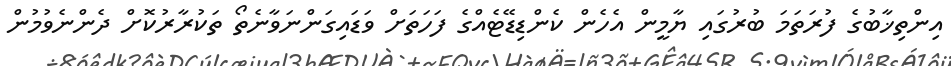
އިންތިޚާބުގެ ފުރަތަމަ ބުރުގައި ޔާމީން އެހެން ކެންޑިޑޭޓެއްގެ ފަހަތަށް ވަޑައިގަންނަވާނެތޯ ތަކުރާރުކޮށް ދެންނެވުމުން